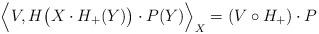
LaTeX: \begin{align*} \Big\langle V, H\big(X\cdot H_+(Y)\big)\cdot P(Y)\Big\rangle_X = (V\circ H_+)\cdot P \end{align*}